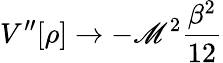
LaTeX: V^{\prime\prime}[\rho]\rightarrow-\mathscr{M}^{2}\frac{{\beta^{2}}}{{12}}